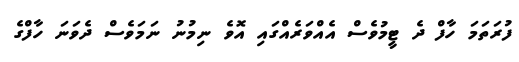
ފުރަތަމަ ހާފް ދެ ޓީމުވެސް އެއްވަރެއްގައި އޮވެ ނިމުނު ނަމަވެސް ދެވަނަ ހާފްގެ